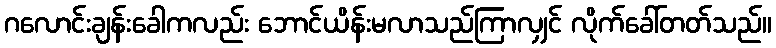
ဂလောင်းချန်းခေါကလည်း ဘောင်ယိန်းမလာသည်ကြာလျှင် လိုက်ခေါ်တတ်သည်။